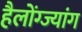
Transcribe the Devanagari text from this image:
हैलोंग्ज्यांग